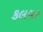
કલચર